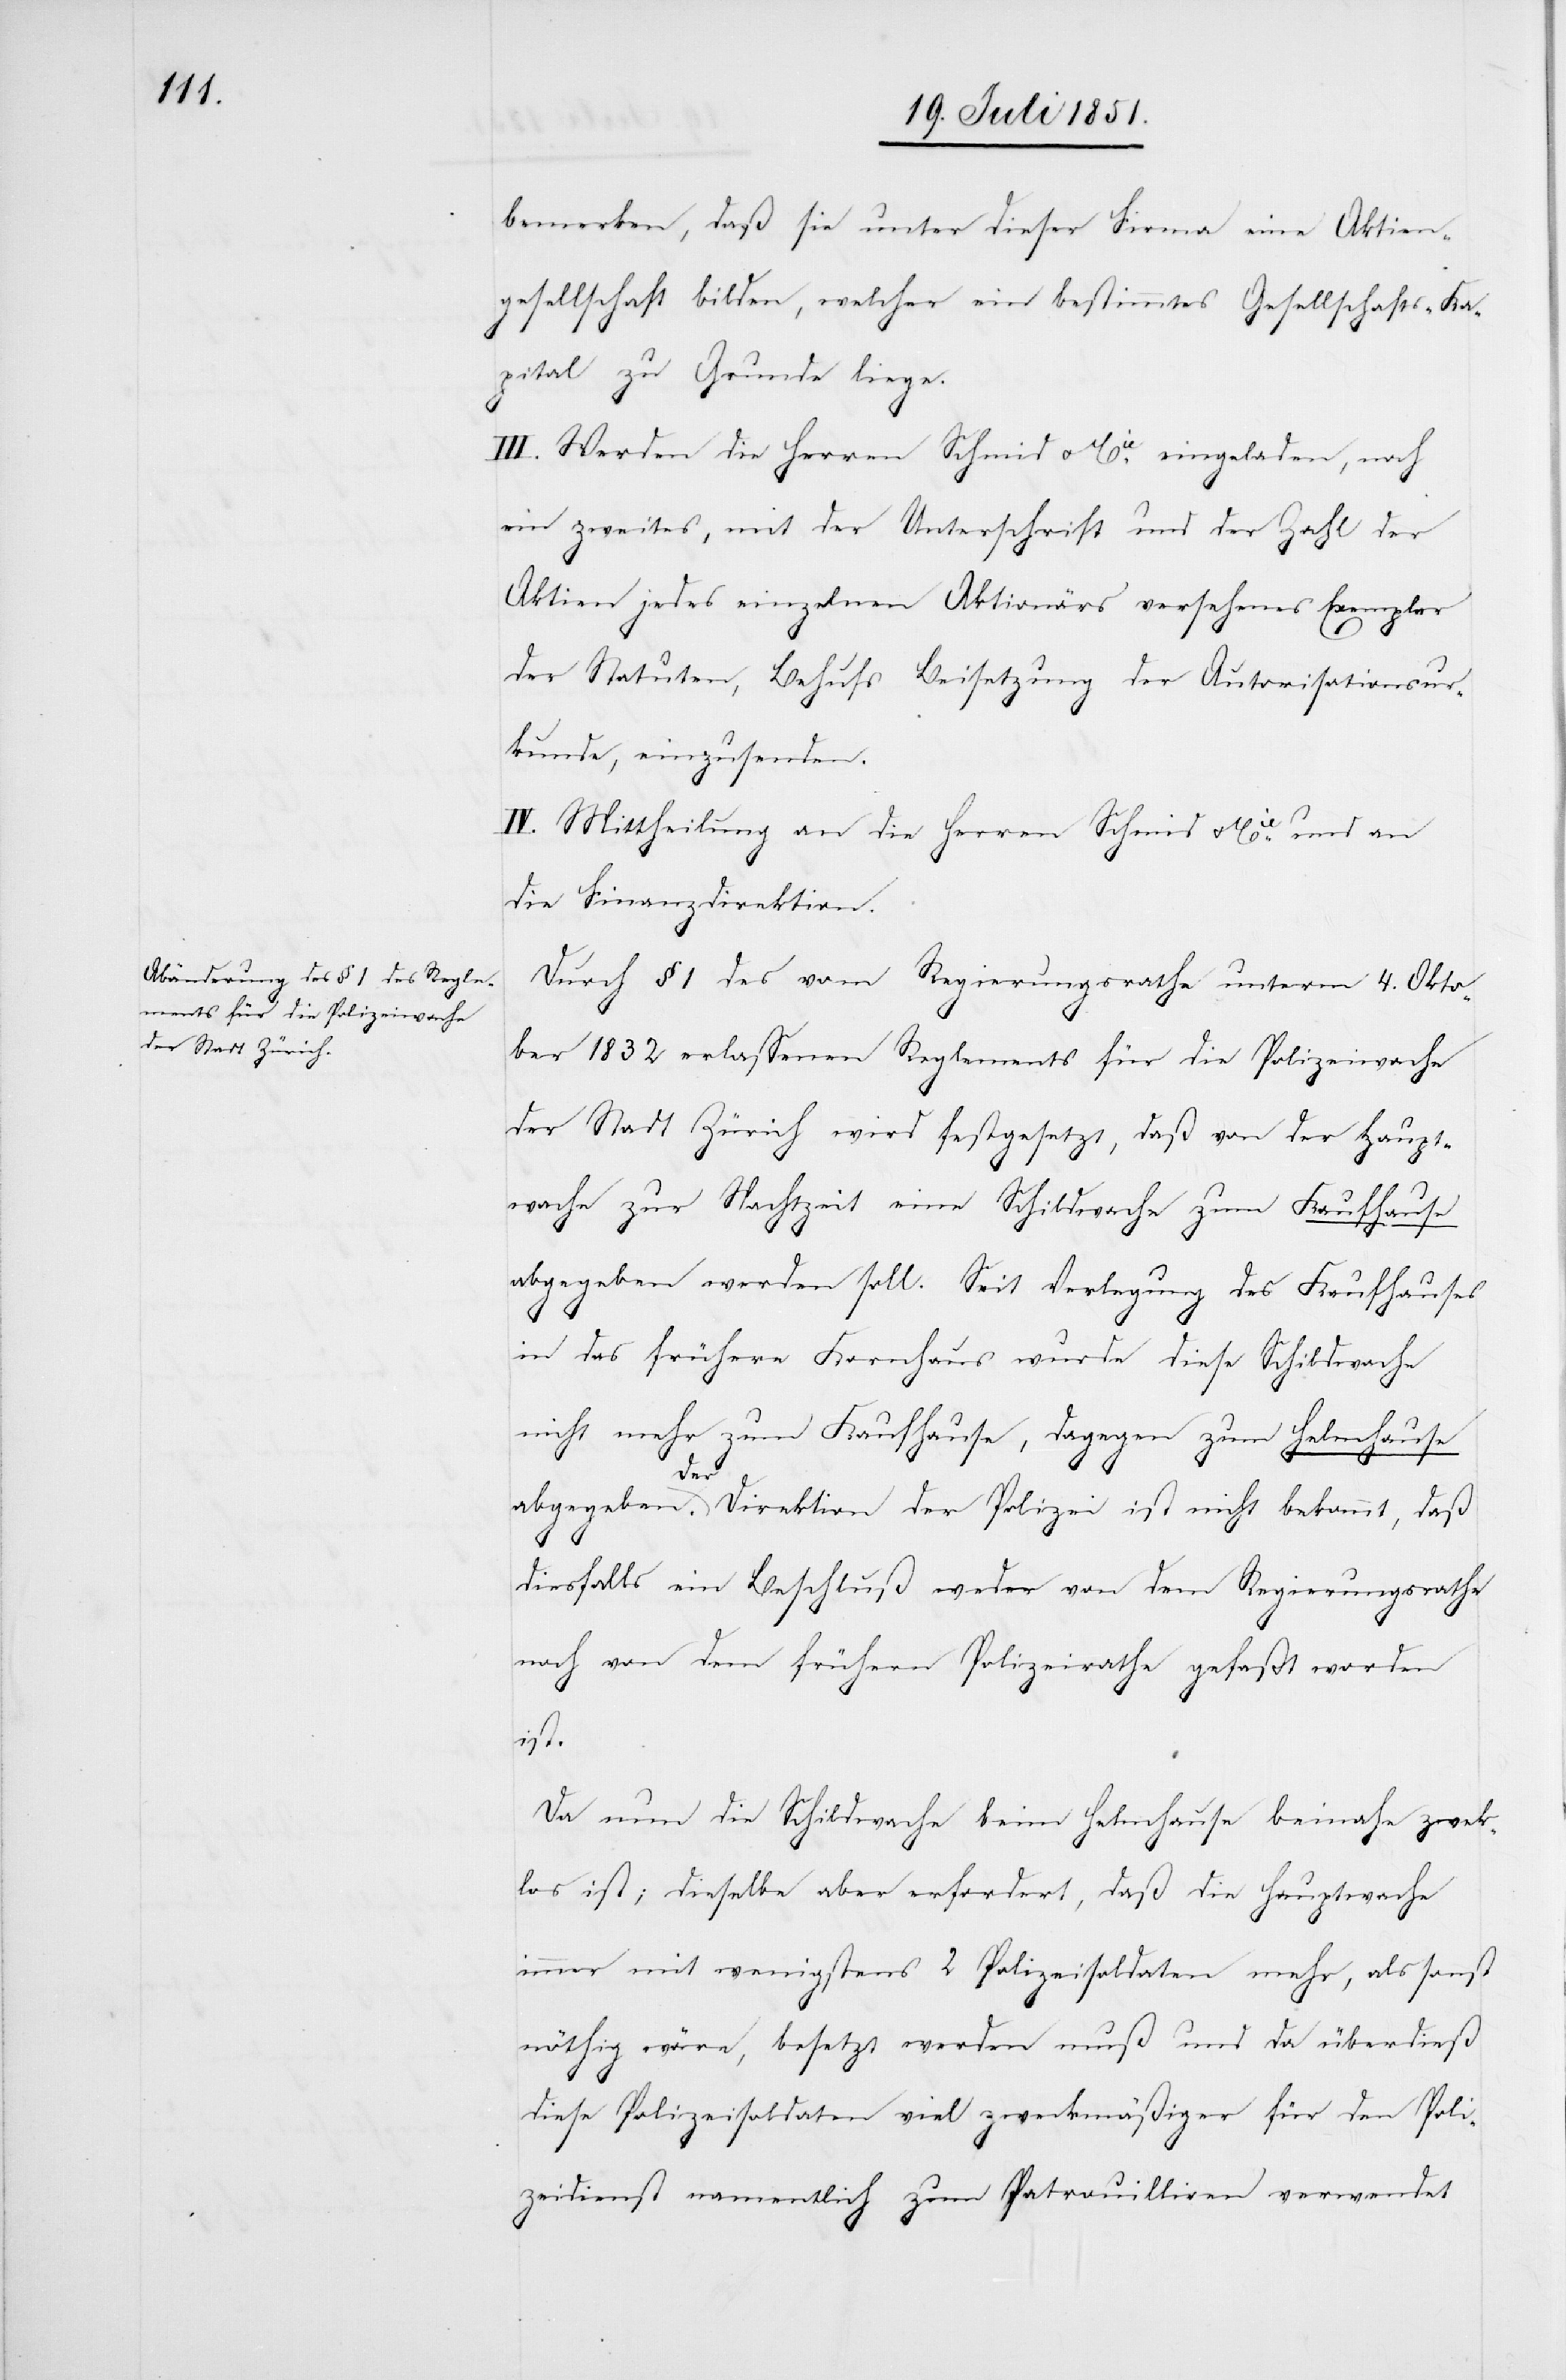
bemerken, daß sie unter dieser Firma eine Aktien¬
gesellschaft bilden, welcher ein bestimmtes Gesellschafts-Ka¬
pital zu Grunde liege.
III. Werden die Herren Schmid & Cie. eingeladen, noch
ein zweites, mit der Unterschrift und der Zahl der
Aktien jedes einzelnen Aktionärs versehenes Exemplar
der Statuten, Behufs Beisetzung der Autorisationsur¬
kunde, einzusenden.
IV. Mittheilung an die Herren Schmid & Cie. und an
die Finanzdirektion.
Durch § 1 des vom Regierungsrathe unterm 4. Okto¬
ber 1832 erlassenen Reglements für die Polizeiwache
der Stadt Zürich wird festgesetzt, daß von der Haupt¬
wache zur Nachtzeit eine Schildwache zum Kaufhause
abgegeben werden soll. Seit Verlegung des Kaufhauses
in das frühere Kornhaus wurde diese Schildwache
nicht mehr zum Kaufhause, dagegen zum Helmhause
abgegeben. Der Direktion der Polizei ist nicht bekannt, daß
diesfalls ein Beschluß weder von dem Regierungsrathe
noch von dem frühern Polizeirathe gefaßt worden
ist.
Da nun die Schildwache beim Helmhause beinahe zwe[c]k¬
los ist; dieselbe aber erfordert, daß die Hauptwache
immer mit wenigstens 2 Polizeisoldaten mehr, als sonst
nöthig wäre, besetzt werden muß und da überdieß
diese Polizeisoldaten viel zweckmäßiger für den Poli¬
zeidienst namentlich zum Patrouilliren verwendet